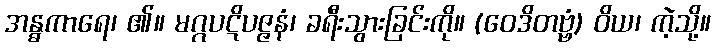
အန္ဓကာရေ၊ ၏။ မဂ္ဂပဋိပဇ္ဇနံ၊ ခရီးသွားခြင်းကို။ (ဝေဒိတဗ္ဗံ) ဝိယ၊ ကဲ့သို့။